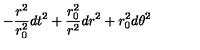
- { \frac { r ^ { 2 } } { r _ { 0 } ^ { 2 } } } d t ^ { 2 } + { \frac { r _ { 0 } ^ { 2 } } { r ^ { 2 } } } d r ^ { 2 } + r _ { 0 } ^ { 2 } d \theta ^ { 2 }